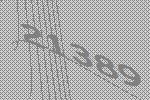
21389